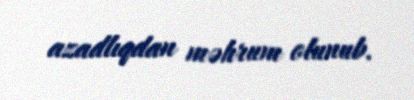
azadlıqdan məhrum olunub.